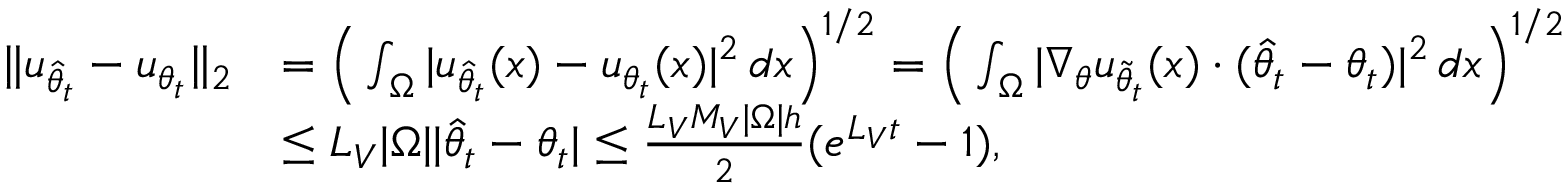
\begin{array} { r l } { \| u _ { \hat { \theta } _ { t } } - u _ { \theta _ { t } } \| _ { 2 } } & { = \Big ( \int _ { \Omega } | u _ { \hat { \theta } _ { t } } ( x ) - u _ { \theta _ { t } } ( x ) | ^ { 2 } \, d x \Big ) ^ { 1 / 2 } = \Big ( \int _ { \Omega } | \nabla _ { \theta } u _ { \tilde { \theta } _ { t } } ( x ) \cdot ( \hat { \theta } _ { t } - \theta _ { t } ) | ^ { 2 } \, d x \Big ) ^ { 1 / 2 } } \\ & { \le L _ { V } | \Omega | | \hat { \theta } _ { t } - \theta _ { t } | \le \frac { L _ { V } M _ { V } | \Omega | h } { 2 } ( e ^ { L _ { V } t } - 1 ) , } \end{array}